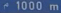
1000 m